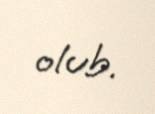
olub.